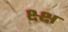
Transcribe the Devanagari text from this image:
क्ष्क्ष